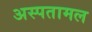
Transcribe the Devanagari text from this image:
अस्पतामल